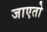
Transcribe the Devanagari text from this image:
जाएतो